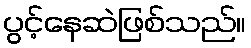
ပွင့်နေဆဲဖြစ်သည်။